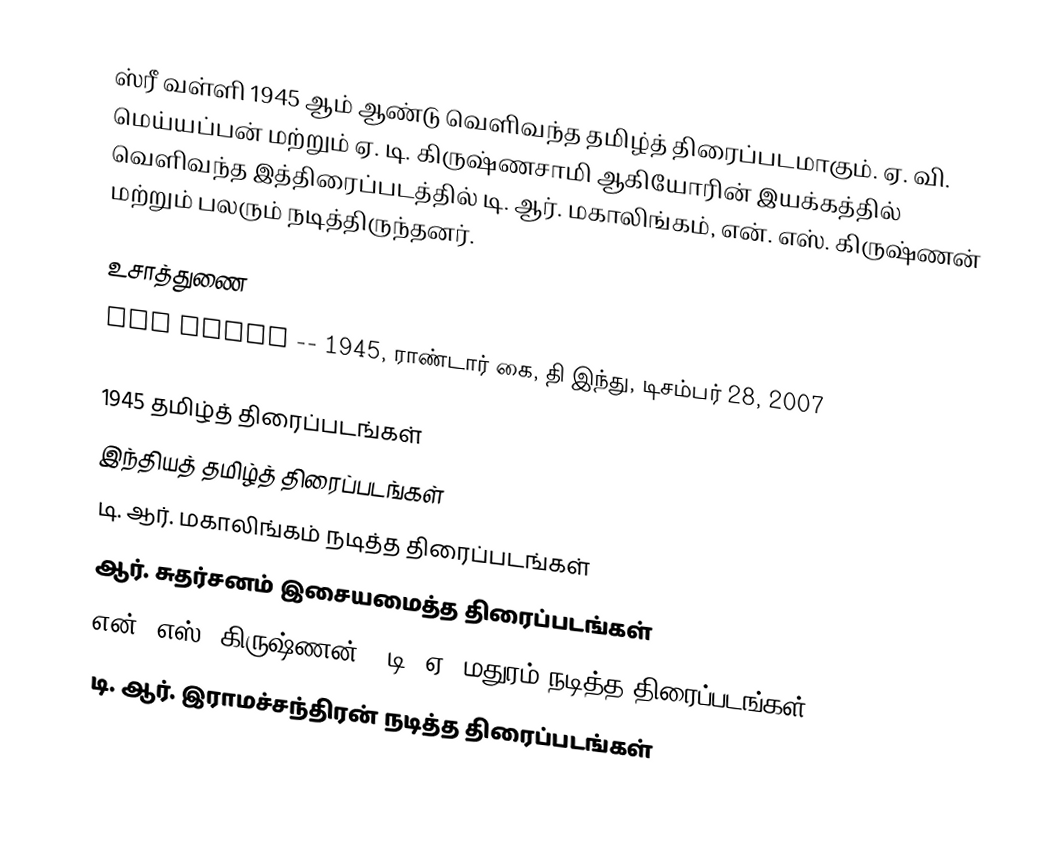
ஸ்ரீ வள்ளி 1945 ஆம் ஆண்டு வெளிவந்த தமிழ்த் திரைப்படமாகும். ஏ. வி. மெய்யப்பன் மற்றும் ஏ. டி. கிருஷ்ணசாமி ஆகியோரின் இயக்கத்தில் வெளிவந்த இத்திரைப்படத்தில் டி. ஆர். மகாலிங்கம், என். எஸ். கிருஷ்ணன் மற்றும் பலரும் நடித்திருந்தனர்.

உசாத்துணை
 Sri Valli -- 1945, ராண்டார் கை, தி இந்து, டிசம்பர் 28, 2007

1945 தமிழ்த் திரைப்படங்கள்
இந்தியத் தமிழ்த் திரைப்படங்கள்
டி. ஆர். மகாலிங்கம் நடித்த திரைப்படங்கள்
ஆர். சுதர்சனம் இசையமைத்த திரைப்படங்கள்
என். எஸ். கிருஷ்ணன் - டி. ஏ. மதுரம் நடித்த திரைப்படங்கள்
டி. ஆர். இராமச்சந்திரன் நடித்த திரைப்படங்கள்